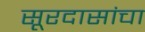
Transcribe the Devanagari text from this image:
सूरदासांचा